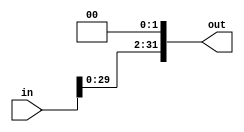
`timescale 1ns / 1ps
module shiftLeft2_32(in, out);
    // For the branch operation
    input [31:0] in;
    output [31:0] out;

    assign out = in << 2;
endmodule